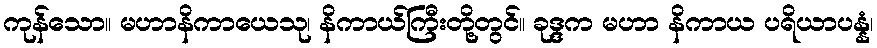
ကုန်သော။ မဟာနိကာယေသု၊ နိကာယ်ကြီးတို့တွင်။ ခုဒ္ဒက မဟာ နိကာယ ပရိယာပန္နံ၊